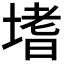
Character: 𭏎